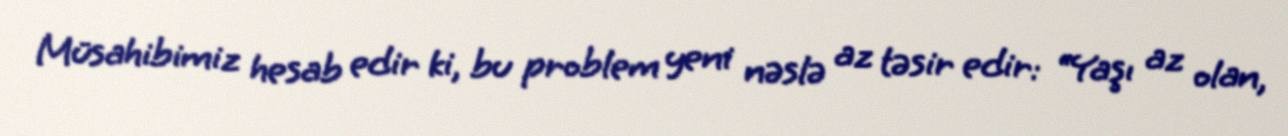
Müsahibimiz hesab edir ki, bu problem yeni nəslə az təsir edir: “Yaşı az olan,